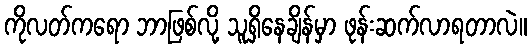
ကိုလတ်ကရော ဘာဖြစ်လို့ သူရှိနေချိန်မှာ ဖုန်းဆက်လာရတာလဲ။